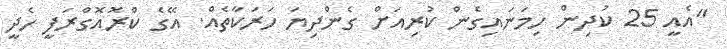
"އެއީ 25 ކުދިން ހިމަނައިގެން ކުރިއަށް ގެންދިޔަ ހަރަކާތެއް. އޭގެ ކްރޮއޮގްރަފީ ހެދީ